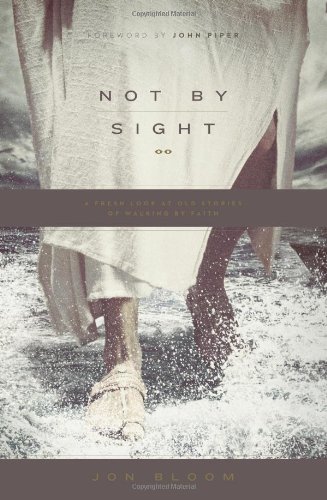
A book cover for Not by Sight: A Fresh Look at Old Stories of Walking by Faith; Jon Bloom; Christian Books & Bibles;